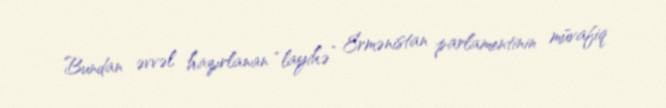
Bundan əvvəl hazırlanan “layihə” Ermənistan parlamentinin müvafiq